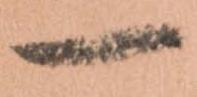
一